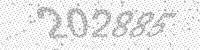
Solution: 202885